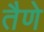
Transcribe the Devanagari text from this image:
तैणे